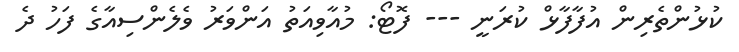
ކުޅުންތެރިން އުފާފާޅް ކުރަނީ --- ފޮޓޯ: މުއާވިއަތު އަންވަރު ވެލެންސިއާގެ ފަހު ދެ